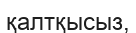
қалтқысыз,